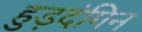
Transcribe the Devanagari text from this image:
हुड़दंगिन